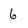
Character: 6